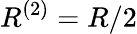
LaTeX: R^{(2)}=R/2